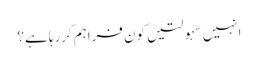
انہیں سہولتیں کون فراہم کررہا ہے؟